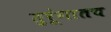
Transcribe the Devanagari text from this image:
तुरूंगातच